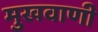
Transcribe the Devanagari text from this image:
मुखवाणी